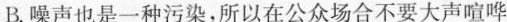
B.噪声也是一种污染，所以在公众场合不要大声喧哗